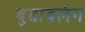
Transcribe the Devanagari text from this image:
बुढाबलंग